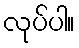
လုပ်ပါ။